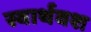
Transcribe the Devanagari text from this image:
स्वार्थवश